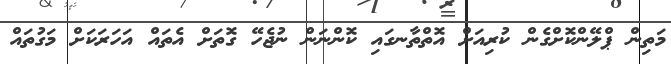
މަތިން ޕްލޭންކޮށްގެން ކުރިއަށް އޮތްތާނގައި ކޮންނަން ނުޖެހޭ ގޮތަށް އެތައް އަހަރަކަށް މަގުތައް